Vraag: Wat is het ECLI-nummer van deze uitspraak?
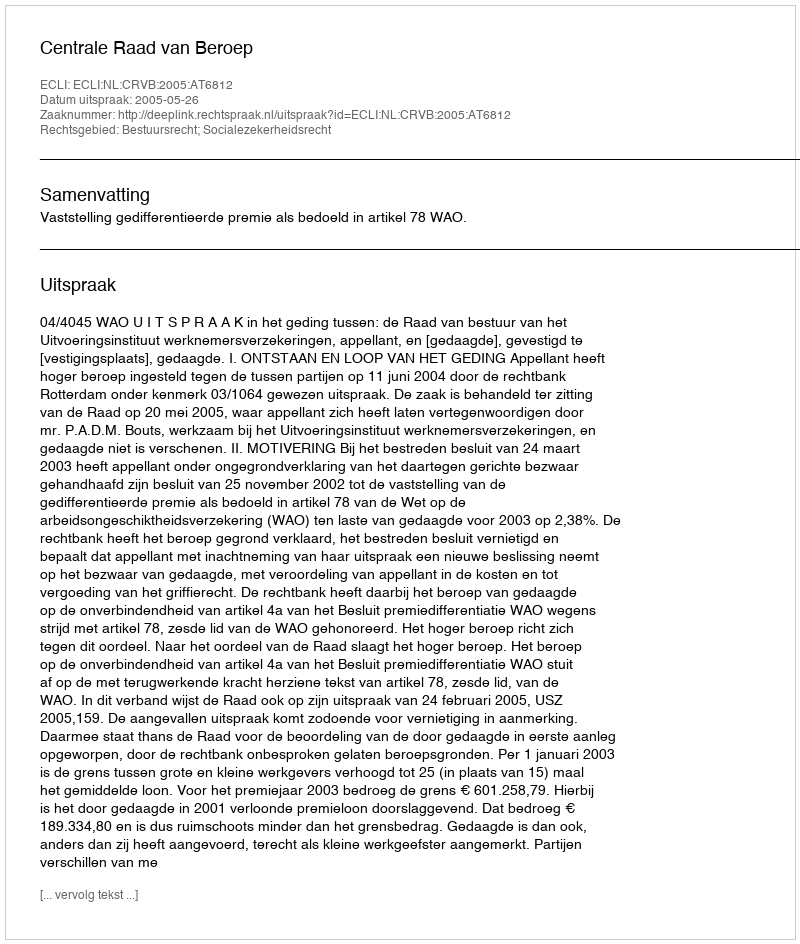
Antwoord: ECLI:NL:CRVB:2005:AT6812